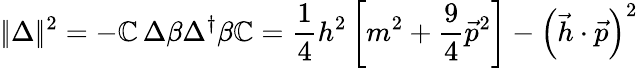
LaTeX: |\! |\Delta|\! |^{2}=-\mathbb{C}\, \Delta\beta\Delta^{\dagger}\beta\mathbb{C}=\frac{1}{4}h^{2}\left[m^{2}+\frac{9}{4}\vec{{p}}^{2}\right]-\left(\vec{{h}}\cdot\vec{{p}}\right)^{2}